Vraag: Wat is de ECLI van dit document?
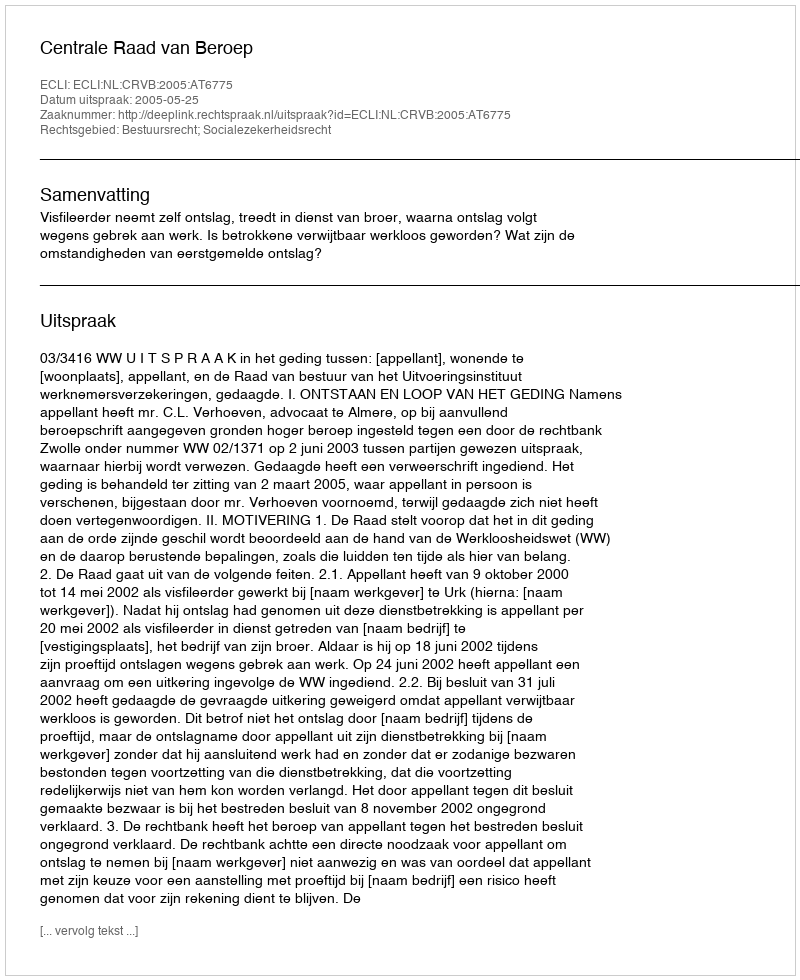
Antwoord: ECLI:NL:CRVB:2005:AT6775